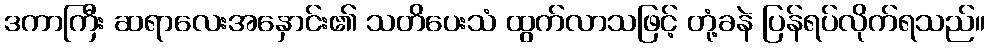
ဒကာကြီး ဆရာလေးအနှောင်း၏ သတိပေးသံ ထွက်လာသဖြင့် တုံ့ခနဲ ပြန်ရပ်လိုက်ရသည်။